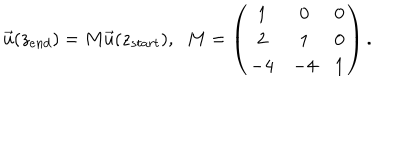
\vec { u } ( z _ { e n d } ) = M \vec { u } ( z _ { s t a r t } ) , \; \; M = \left( \begin{array} { c c c } { { 1 } } & { { 0 } } & { { 0 } } \\ { { 2 } } & { { 1 } } & { { 0 } } \\ { { - 4 } } & { { - 4 } } & { { 1 } } \\ \end{array} \right) .